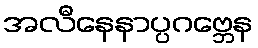
အလီနေနာပ္ပဂဗ္ဘေန